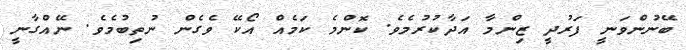
ބޭނުންވަނީ ފަރުދީ ޒިންމާ އަދާކުރުމެވެ. ކޮންމެ ކަމެއް އޯކޭ ވެގެން ނުތިބުމެވެ. ނޭއްގާނީ